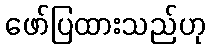
ဖော်ပြထားသည်ဟု